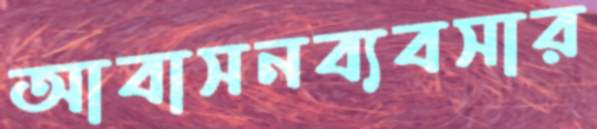
আবাসনব্যবসার